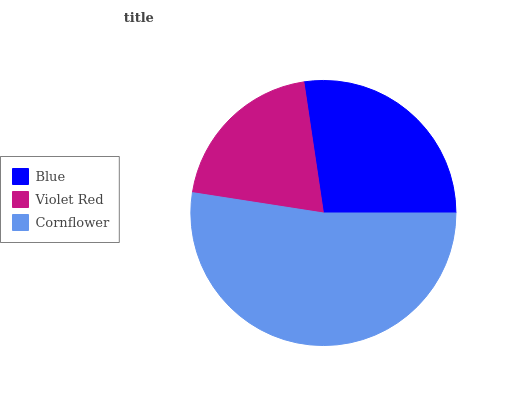
| Blue | Violet Red | Cornflower |
 | --- | --- | --- |
 | 27.3% | 20.2% | 52.5% |